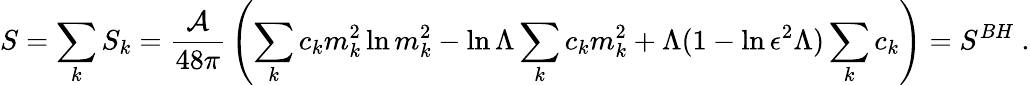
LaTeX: S=\sum_{k}S_{k}={\frac{\cal A}{48\pi}}\left(\sum_{k}c_{k}m_{k}^{2}\ln m_{k}^{2}-\ln\Lambda\sum_{k}c_{k}m_{k}^{2}+\Lambda(1-\ln\epsilon^{2}\Lambda)\sum_{k}c_{k}\right)=S^{BH}~.